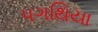
પગથિયા